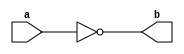
module NotGate(a,b) ;

output b ;
input a ;

nand(b,a,a) ;

endmodule 

module AndGate(a,b,c) ;

output c ;
input a,b ;
wire x ;

nand(x,a,b) ;
nand(c,x,x) ; 

endmodule 

module OrGate(a,b,c) ;

output c ;
input a,b ;
wire x,y ;

nand(x,a,a) ;
nand(y,b,b) ;
nand(c,x,y) ;

endmodule 

module XorGate(a,b,c) ;

output c ; 
input a,b ;
wire a_,b_,x,y ;

NotGate Na(a,a_) ;
NotGate Nb(b,b_) ;
AndGate A1(a,b_,x) ;
AndGate A2(a_,b,y) ;
OrGate O(x,y,c) ;

endmodule 

module XnorGate(a,b,c) ;

output c ;
input a,b ;
wire x ;

XorGate X(a,b,x) ;
NotGate N(x,c) ;

endmodule 

module HalfAdder(a,b,s,c) ;

output s,c ;
input a,b ;

AndGate A(a,b,c) ;
XorGate X(a,b,s) ;

endmodule 

module FullAdder(a,b,c0,s,c) ;

output s,c ;
input a,b,c0 ;
wire c_,x,x_,y,y_ ;

NotGate N(c0,c_) ;
XorGate X1(a,b,x) ;
XnorGate X2(a,b,x_) ;
AndGate A(a,b,y) ;
OrGate O(a,b,y_) ;
AndGate As1(x,c_,s1) ;
AndGate As2(x_,c0,s2) ;
AndGate Ac1(y,c_,c1) ;
AndGate Ac2(y_,c0,c2) ;
OrGate S(s1,s2,s) ;
OrGate C(c1,c2,c) ;

endmodule 

module Inc4Bit(a,b) ;

output [3:0] b ;
input [3:0] a ;
wire [3:0] c ;

HalfAdder H1(a[0],1'b1,b[0],c[0]) ;
HalfAdder H2(a[1],c[0],b[1],c[1]) ; 
HalfAdder H3(a[2],c[1],b[2],c[2]) ; 
HalfAdder H4(a[3],c[2],b[3],c[3]) ; 

endmodule 

module Add4Bit(a,b,s) ;

output [3:0] s ;
input [3:0] a,b ;
wire [3:0] c ;

FullAdder F1(a[0],b[0],1'b0,s[0],c[0]) ;
FullAdder F2(a[1],b[1],c[0],s[1],c[1]) ;
FullAdder F3(a[2],b[2],c[1],s[2],c[2]) ;
FullAdder F4(a[3],b[3],c[2],s[3],c[3]) ;

endmodule 

module Add16Bit(a,b,s) ;

output [15:0] s ;
input [15:0] a,b ;
wire [15:0] c ;

FullAdder F0(a[0],b[0],1'b0,s[0],c[0]) ;
FullAdder F1(a[1],b[1],c[0],s[1],c[1]) ;
FullAdder F2(a[2],b[2],c[1],s[2],c[2]) ;
FullAdder F3(a[3],b[3],c[2],s[3],c[3]) ;
FullAdder F4(a[4],b[4],c[3],s[4],c[4]) ;
FullAdder F5(a[5],b[5],c[4],s[5],c[5]) ;
FullAdder F6(a[6],b[6],c[5],s[6],c[6]) ;
FullAdder F7(a[7],b[7],c[6],s[7],c[7]) ;
FullAdder F8(a[8],b[8],c[7],s[8],c[8]) ;
FullAdder F9(a[9],b[9],c[8],s[9],c[9]) ;
FullAdder F10(a[10],b[10],c[9],s[10],c[10]) ;
FullAdder F11(a[11],b[11],c[10],s[11],c[11]) ;
FullAdder F12(a[12],b[12],c[11],s[12],c[12]) ;
FullAdder F13(a[13],b[13],c[12],s[13],c[13]) ;
FullAdder F14(a[14],b[14],c[13],s[14],c[14]) ;
FullAdder F15(a[15],b[15],c[14],s[15],c[15]) ;

endmodule 

module Inc16Bit(a,b) ;

output [15:0] b ;
input [15:0] a ;
wire [15:0] c ;

HalfAdder H1(a[0],1'b1,b[0],c[0]) ;
HalfAdder H2(a[1],c[0],b[1],c[1]) ; 
HalfAdder H3(a[2],c[1],b[2],c[2]) ; 
HalfAdder H4(a[3],c[2],b[3],c[3]) ; 
HalfAdder H5(a[4],c[3],b[4],c[4]) ; 
HalfAdder H6(a[5],c[4],b[5],c[5]) ; 
HalfAdder H7(a[6],c[5],b[6],c[6]) ; 
HalfAdder H8(a[7],c[6],b[7],c[7]) ; 
HalfAdder H9(a[8],c[7],b[8],c[8]) ; 
HalfAdder H10(a[9],c[8],b[9],c[9]) ; 
HalfAdder H11(a[10],c[9],b[10],c[10]) ; 
HalfAdder H12(a[11],c[10],b[11],c[11]) ; 
HalfAdder H13(a[12],c[11],b[12],c[12]) ;
HalfAdder H14(a[13],c[12],b[13],c[13]) ; 
HalfAdder H15(a[14],c[13],b[14],c[14]) ; 
HalfAdder H16(a[15],c[14],b[15],c[15]) ;  

endmodule 

module Neg16(a,b) ;

output [15:0] b ;
input [15:0] a ;

NotGate N[15:0](a,b) ;

endmodule 

module Mux2x1(a,b,s,o) ;

output o ;
input a,b,s ;
wire s_,x,y ;

NotGate Ns(s,s_) ;
AndGate Aa(s_,a,x) ;
AndGate Ab(s,b,y) ;
OrGate O(x,y,o) ;

endmodule 

module Mux16b2x1(a,b,s,o) ;

output [15:0] o ;
input [15:0] a,b ;
input s ;

Mux2x1 M[15:0](a,b,s,o) ;

endmodule 

module AndGate16(a,b,c) ;

output [15:0] c ;
input [15:0] a,b ;

AndGate A[15:0](a,b,c) ;

endmodule 

module AndGate16w1(a,b,c) ;

output [15:0] c ;
input [15:0] a ;
input b ; 

AndGate A[15:0](a,b,c) ;

endmodule 

module XorGate16w1(a,b,c) ;

output [15:0] c ;
input [15:0] a ;
input b ;

XorGate X[15:0](a,b,c) ;

endmodule

module XorGate16(a,b,c) ;

output [15:0] c ;
input [15:0] a,b ;

XorGate X[15:0](a,b,c) ;

endmodule

module Nor16In(a,o) ;

output o ;
input [15:0] a ;
wire [14:0] x ;

OrGate O1(a[0],a[1],x[0]) ;
OrGate O2(a[2],a[3],x[1]) ;
OrGate O3(a[4],a[5],x[2]) ;
OrGate O4(a[6],a[7],x[3]) ;
OrGate O5(a[8],a[9],x[4]) ;
OrGate O6(a[10],a[11],x[5]) ;
OrGate O7(a[12],a[13],x[6]) ;
OrGate O8(a[14],a[15],x[7]) ;
OrGate O9(x[0],x[1],x[8]) ;
OrGate O10(x[2],x[3],x[9]) ;
OrGate O11(x[4],x[5],x[10]) ;
OrGate O12(x[6],x[7],x[11]) ;
OrGate O13(x[9],x[8],x[12]) ;
OrGate O14(x[11],x[10],x[13]) ;
OrGate O15(x[13],x[12],x[14]) ;

NotGate N(x[14],o) ;

endmodule 

module ALU(x,y,zx,nx,zy,ny,f,no,zr,ng,o) ;

output [15:0] o ;
output zr,ng ;
input [15:0] x,y ;
input zx,nx,zy,ny,f,no ;
wire [15:0] xn_,yn_,xz_,yz_,xz,yz,xn,yn,sm,an,to,o_ ;
wire zx_,zy_ ;

NotGate Nnx(zx,zx_) ;
NotGate Nny(zy,zy_) ;

AndGate16w1 Zx(x,zx_,xz) ;
AndGate16w1 Zy(y,zy_,yz) ;

XorGate16w1 Nx(xz,nx,xn) ;
XorGate16w1 Ny(yz,ny,yn) ;

Add16Bit Asm(xn,yn,sm) ;
AndGate16 Aan(xn,yn,an) ;
Mux16b2x1 Fout(an,sm,f,to) ;

XorGate16w1 No(to,no,o) ;

AndGate Ang(o[15],o[15],ng) ;
Nor16In Nzr(o,zr) ;

endmodule